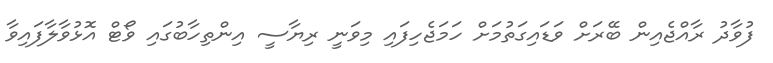
ފުވާދު ރާއްޖެއިން ބޭރަށް ވަޑައިގަތުމަށް ހަމަޖެހިފައި މިވަނީ ރިޔާސީ އިންތިހާބުގައި ވޯޓް އޮޅުވާލާފައިވާ